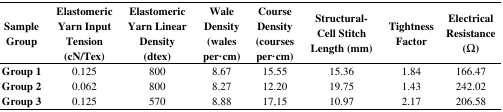
<table><thead><tr><td><b>Sample Group</b></td><td><b>Elastomeric Yarn Input Tension (cN/Tex)</b></td><td><b>Elastomeric Yarn Linear Density (dtex)</b></td><td><b>Wale Density (wales per·cm)</b></td><td><b>Course Density (courses per·cm)</b></td><td><b>Structural-Cell Stitch Length (mm)</b></td><td><b>Tightness Factor</b></td><td><b>Electrical Resistance (Ω)</b></td></tr></thead><tbody><tr><td><b>Group 1</b></td><td>0.125</td><td>800</td><td>8.67</td><td>15.55</td><td>15.36</td><td>1.84</td><td>166.47</td></tr><tr><td><b>Group 2</b></td><td>0.062</td><td>800</td><td>8.27</td><td>12.20</td><td>19.75</td><td>1.43</td><td>242.02</td></tr><tr><td><b>Group 3</b></td><td>0.125</td><td>570</td><td>8.88</td><td>17,15</td><td>10.97</td><td>2.17</td><td>206.58</td></tr></tbody></table>